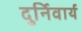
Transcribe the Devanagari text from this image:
दुर्निवार्य